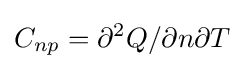
C_{np}=\partial ^{2}Q/\partial n\partial T